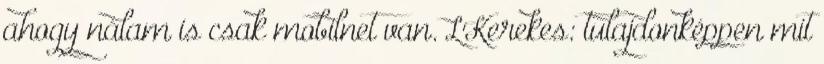
ahogy nálam is csak mobilnet van. LKerekes: tulajdonképpen mit